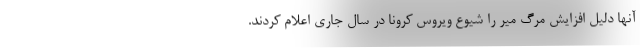
آنها دلیل افزایش مرگ میر را شیوع ویروس کرونا در سال جاری اعلام کردند.